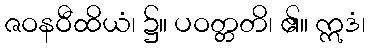
ဇဝနဝီထိယံ၊ ၌။ ပဝတ္တတိ၊ ၏။ ဣဒံ၊